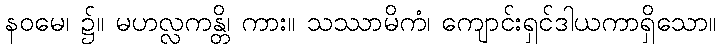
နဝမေ၊ ၌။ မဟလ္လကန္တိ၊ ကား။ သဿာမိကံ၊ ကျောင်းရှင်ဒါယကာရှိသော။